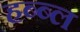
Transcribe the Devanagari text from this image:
हब्ब्ल